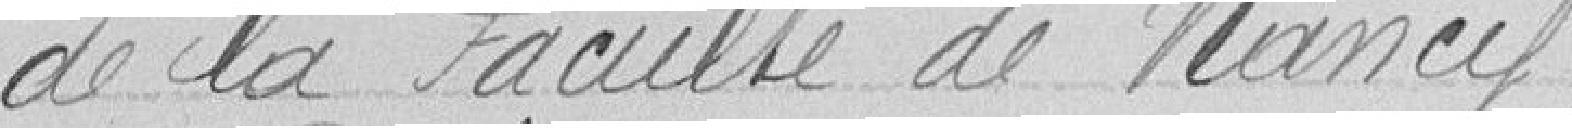
de la Faculté de Nancy.